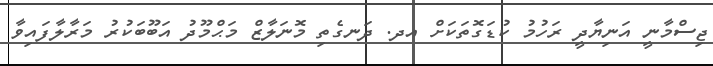
ޖިސްމާނީ އަނިޔާދީ ރަހުމު ކުޑަގޮތަކަށް އދ. ދަނގެތި މޮނަލާޒް މަޙްމޫދު އަބޫބަކުރު މަރާލާފައިވާ